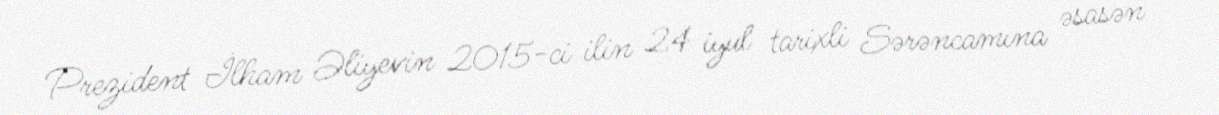
Prezident İlham Əliyevin 2015-ci ilin 24 iyul tarixli Sərəncamına əsasən